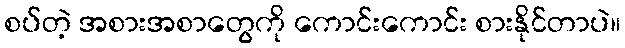
စပ်တဲ့ အစားအစာတွေကို ကောင်းကောင်း စားနိုင်တာပဲ။